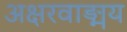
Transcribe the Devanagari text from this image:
अक्षरवाङ्मय